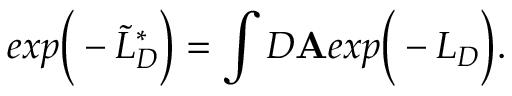
e x p \bigg ( - \widetilde { L } _ { D } ^ { * } \bigg ) = \int { \cal D } { \bf A } e x p \bigg ( - L _ { D } \bigg ) .